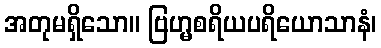
အတုမရှိသော။ ဗြဟ္မစရိယပရိယောသာနံ၊